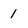
Character: 1